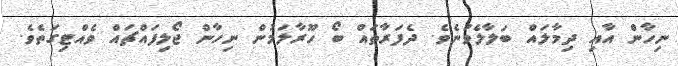
ނިހާން އާއި ދިމާލައް ބަލާލެވުނެވެ. ދެފަރާތައް ބޯ ހޫރާލަމުން ނިހާން ޖޯލިފައްޗައް ވެއްޓިގަތެވެ.